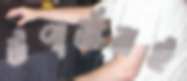
উপার্জনই